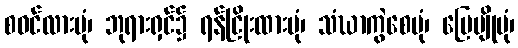
စဝင်လားပုံ၊ ဘုရားရှင်၌ ရန်ငြိုးထားပုံ၊ သံဃာကွဲစေပုံ၊ မြေမျိုပုံ၊